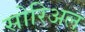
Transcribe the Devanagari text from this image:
सोरिअल